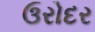
ઉરોદર